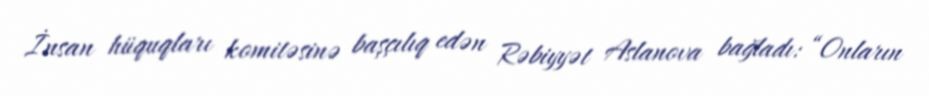
İnsan hüquqları komitəsinə başçılıq edən Rəbiyyət Aslanova bağladı: “Onların